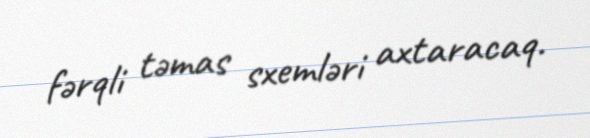
fərqli təmas sxemləri axtaracaq.